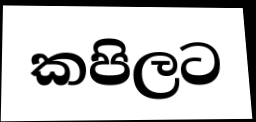
කපිලට